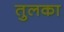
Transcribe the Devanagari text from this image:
तुलका